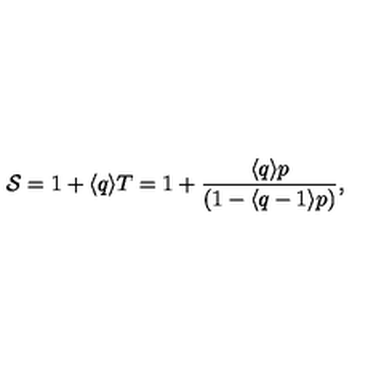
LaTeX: \protect { \cal { S } } = 1 + \langle q \rangle T = 1 + { \frac { \langle q \rangle p } { ( 1 - \langle q - 1 \rangle p ) } } ,